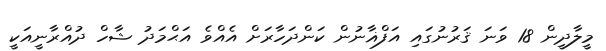
މީލާދީން 18 ވަނަ ޤަރުނުގައި އަފްޣާނުން ކަންދަހާރަށް އެއްވެ އަޙްމަދު ޝާހް ދުއްރާނީއަކީ